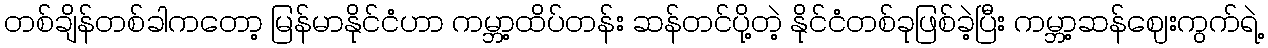
တစ်ချိန်တစ်ခါကတော့ မြန်မာနိုင်ငံဟာ ကမ္ဘာ့ထိပ်တန်း ဆန်တင်ပို့တဲ့ နိုင်ငံတစ်ခုဖြစ်ခဲ့ပြီး ကမ္ဘာ့ဆန်ဈေးကွက်ရဲ့